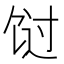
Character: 𬲸